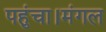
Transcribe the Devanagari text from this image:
पहुंचा।मंगल